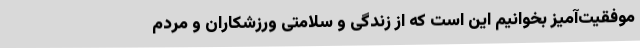
موفقیت‌آمیز بخوانیم این است که از زندگی و سلامتی ورزشکاران و مردم